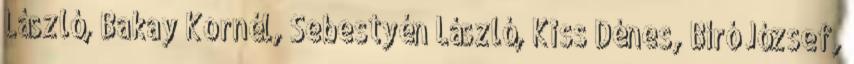
László, Bakay Kornél, Sebestyén László, Kiss Dénes, Bíró József,